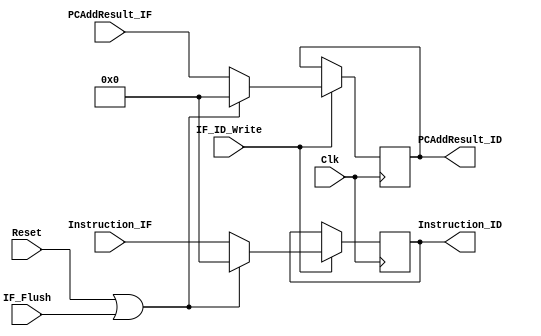
`timescale 1ns / 1ps

module IF_ID_Reg(PCAddResult_IF, Instruction_IF, PCAddResult_ID, Instruction_ID, IF_Flush, IF_ID_Write, Clk, Reset); //ADDED SIGNAL

input [31:0] Instruction_IF, PCAddResult_IF;
input IF_Flush, IF_ID_Write;

output reg [31:0] Instruction_ID, PCAddResult_ID;

input Reset;
input Clk;  // each pipeline register should be clocked

 initial begin
     PCAddResult_ID <= 0;
     Instruction_ID <= 0;
 end

always @(posedge Clk) begin
    if (IF_ID_Write) begin
    if (Reset == 1 || IF_Flush == 1)begin
    PCAddResult_ID <= 0;
    Instruction_ID <= 0;
    end
    else begin
    PCAddResult_ID <= PCAddResult_IF;
    Instruction_ID <= Instruction_IF;
    end
    end
end

endmodule